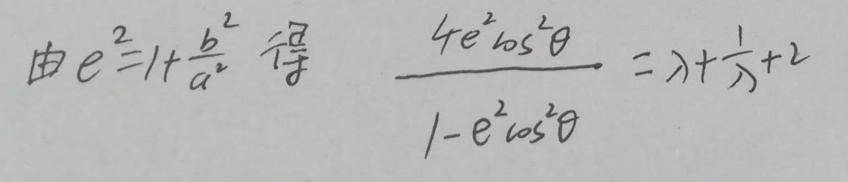
由$e^{2}=1 + \frac{b^{2}}{a^{2}} $得$ \quad \frac{4e^{2}\cos^{2}\theta}{1 - e^{2}\cos^{2}\theta}=\lambda+\frac{1}{\lambda}+2$